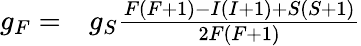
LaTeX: \begin{array}{rl}{g_{F}=}&{{}g_{S}\frac{F(F+1)-I(I+1)+S(S+1)}{2F(F+1)}}\end{array}